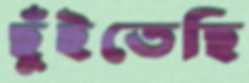
ছুঁইতেছি